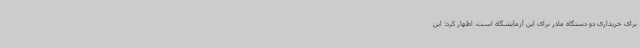
برای خریداری دو دستگاه مادر برای این آزمایشگاه است، اظهار کرد: این